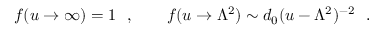
f ( u \to \infty ) = 1 \ \ , \qquad f ( u \to \Lambda ^ { 2 } ) \sim d _ { 0 } ( u - \Lambda ^ { 2 } ) ^ { - 2 } \ \ .